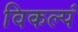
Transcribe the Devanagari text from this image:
विकल्पं